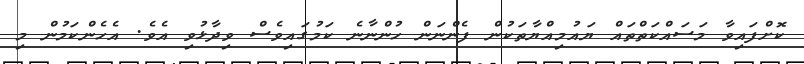
ކޮށްފައިވާ މަސައްކަތްތައް ޔައުމިއްޔާތަކުން ފެންނަން ހުންނާނެ ކަމުގައިވެސް ވިދާޅުވި އެވެ. އެހެންކަމުން މި